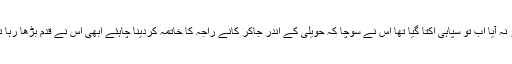
کتنی دیر گزر گئی مگر کانا راجہ باہر نہ آیا اب تو سپاہی اکتا گیا تھا اس نے سوچا کہ حویلی کے اندر جاکر کانے راجہ کا خاتمہ کردینا چاہئے ابھی اس نے قدم بڑھا رہا تھا کہ اسے قدموں کی چاپ سنائی دی۔